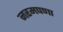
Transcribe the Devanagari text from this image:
नरमपणा